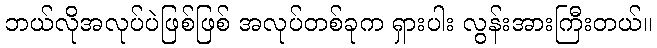
ဘယ်လိုအလုပ်ပဲဖြစ်ဖြစ် အလုပ်တစ်ခုက ရှားပါး လွန်းအားကြီးတယ်။